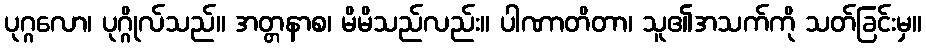
ပုဂ္ဂလော၊ ပုဂ္ဂိုလ်သည်။ အတ္တနာစ၊ မိမိသည်လည်း။ ပါဏာတိတာ၊ သူ၏အသက်ကို သတ်ခြင်းမှ။